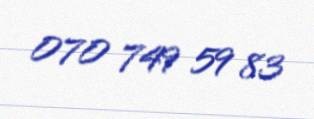
070 749 59 83